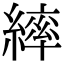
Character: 繂